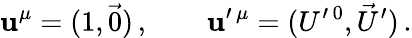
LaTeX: \mathbf{u}^{\mu}=(1,\vec{{0}})\, ,\qquad\mathbf{u}^{\prime\, \mu}=(U^{\prime\, 0},\vec{{U}}^{\prime})\, .